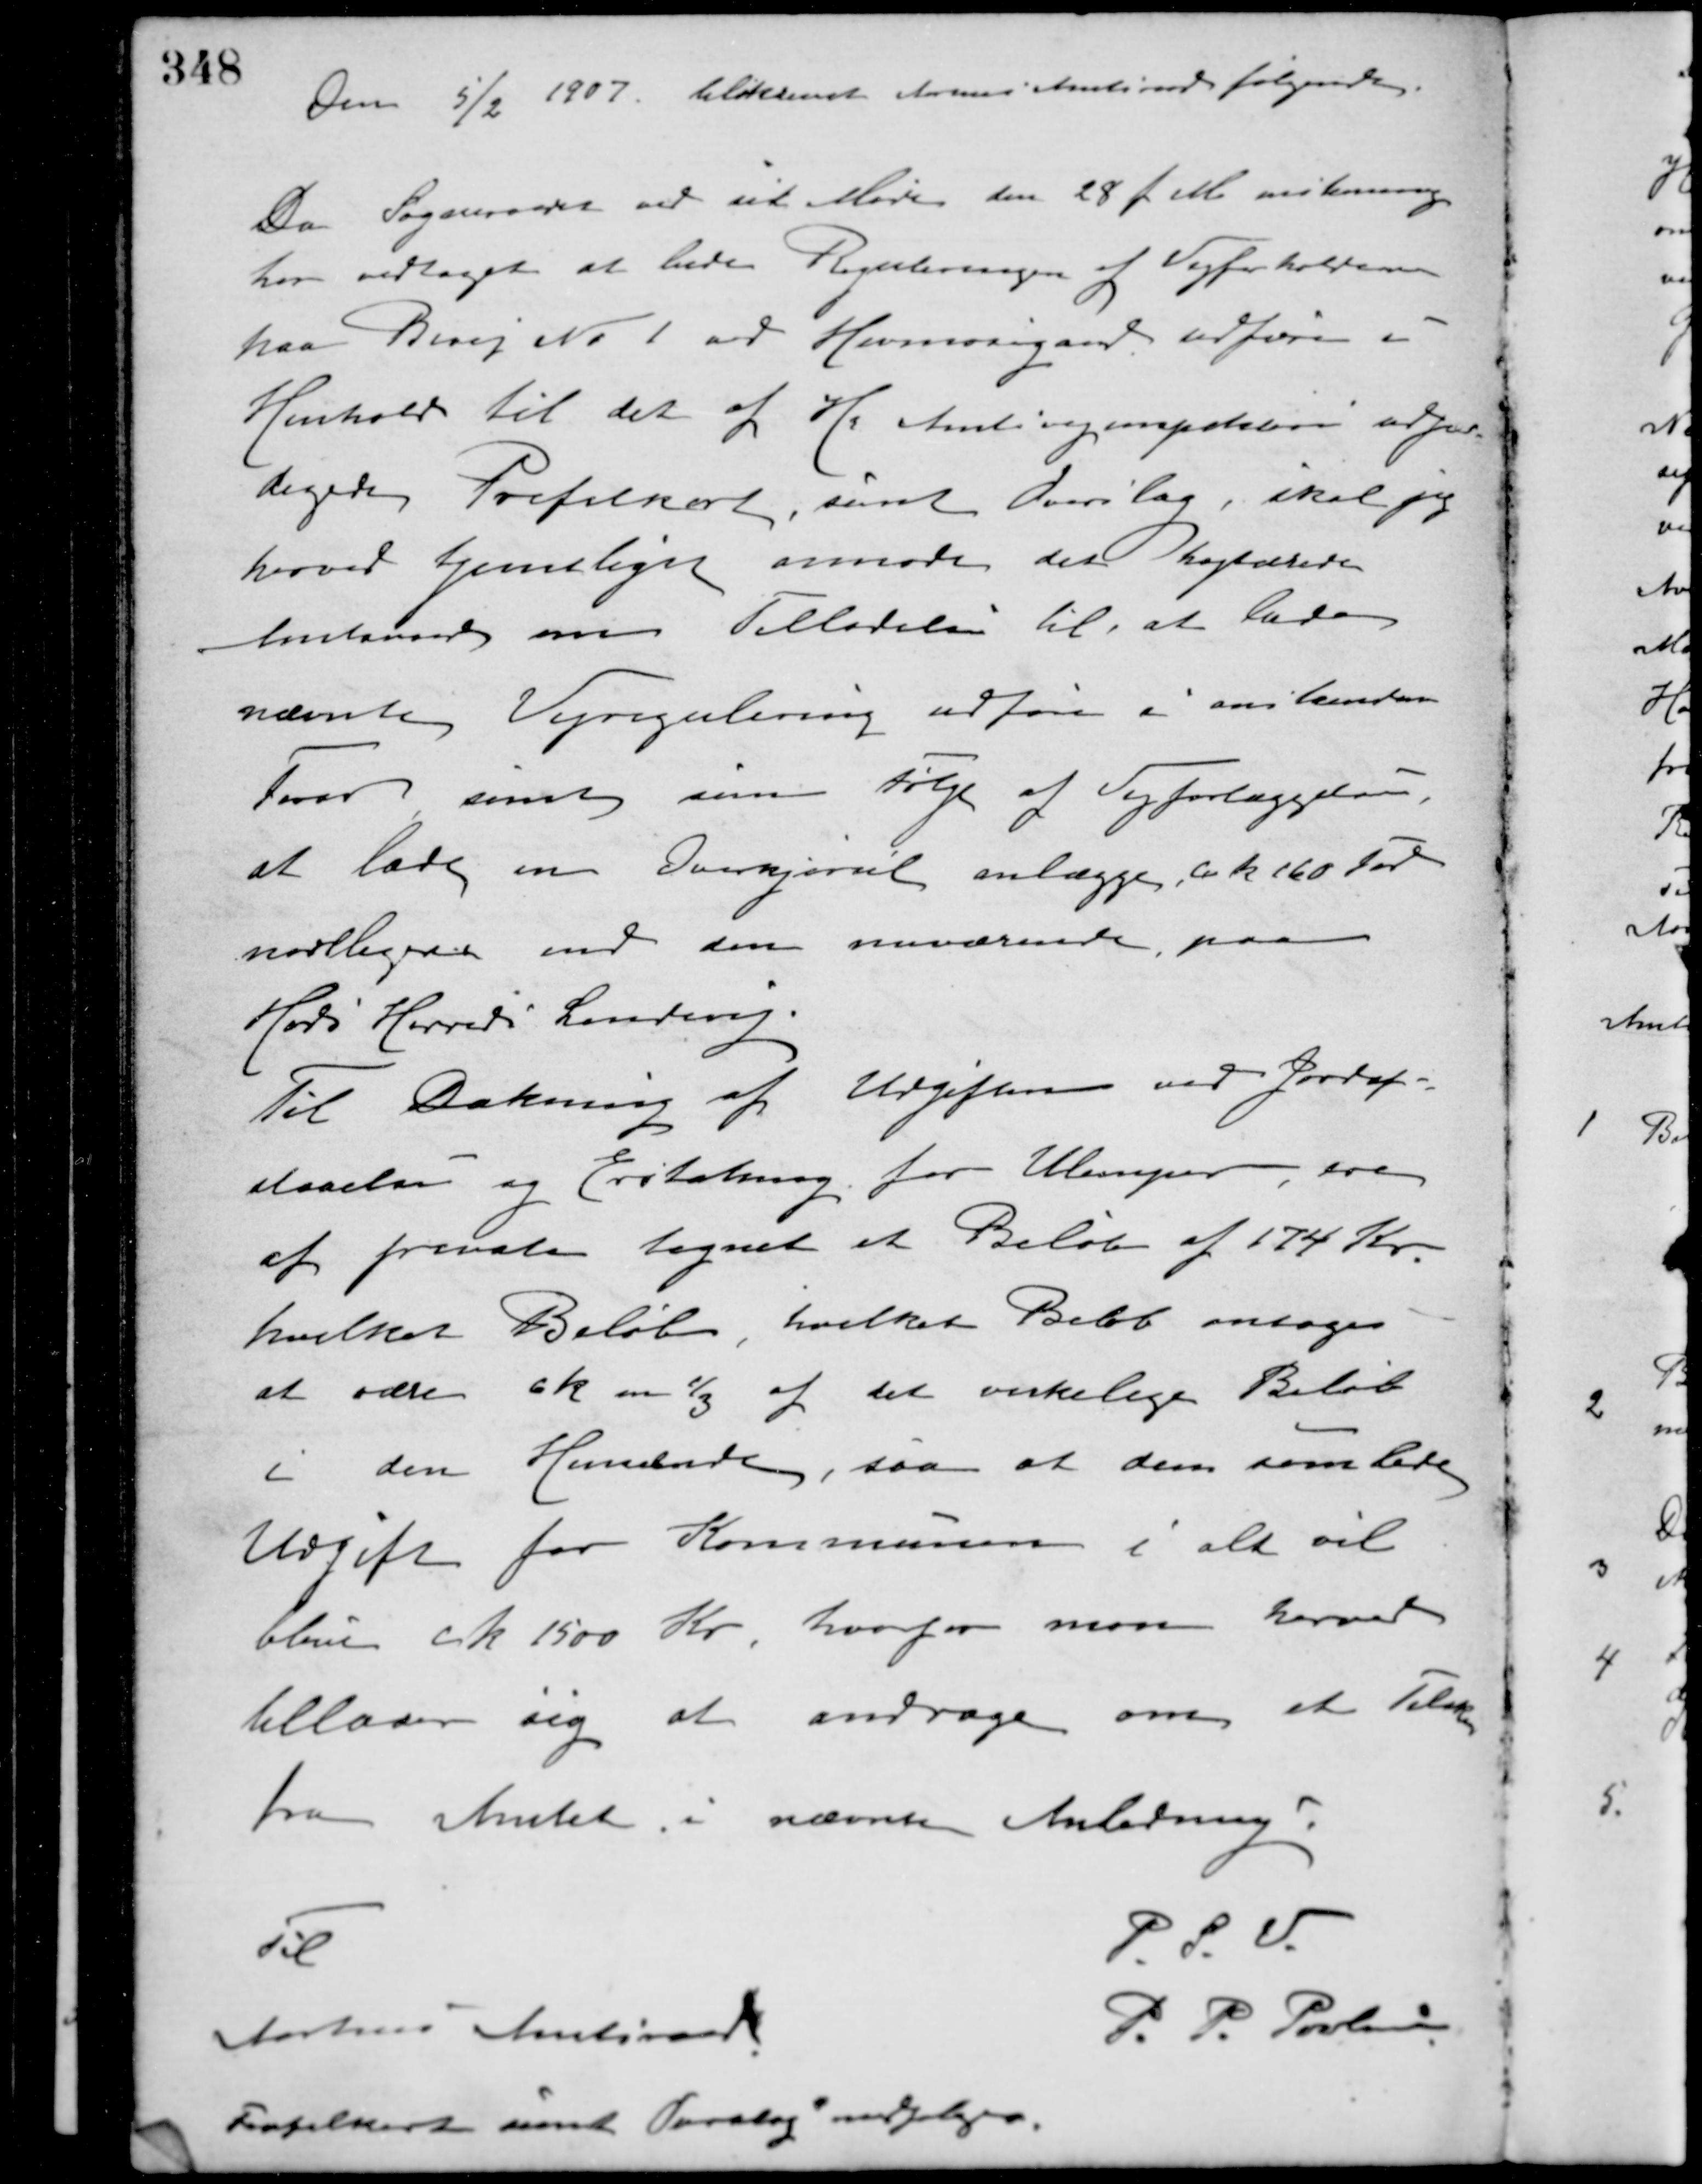
Transskription:
Den 5/2 1907 tilskrevet Aarhus Amtsraad følgende.
Da Sogneraadet ved sit Møde den 28 f. M. enstemmig
har vedtaget at bedre Reguleringen af Vejforholdene
paa Bivej No 1 ved Havmosegaard udføres i
Henhold til det af Hr. Amtsvejinspektøren udfær-
digede Profilkort, samt Overslag, skal jeg
herved tjenstligt anmode det højtærede
Amtsraad om Tilladelse til, at lade
nævnte Vejregulering udføre i anskende
Febr. samt som følge af Vejforlæggelsen
at lade en Overkjørsel anlægge ca. 160 Fod
nordligere end den nuværende paa
Hads Herreds Landevej.
Til Dækning af Udgifterne ved Jordaf-
staaelse og Erstatning for Ulemper ere
af private tegnet et Beløb af 174 Kr.
hvilket Beløb, hvilket Beløb antages
at være ca. en 1/3 af det virkelige Beløb
i den Henseende, saa at den samlede
Udgift for Kommunen i alt vil
blive ca. 1500 Kr. hvorfor man herved
tillader sig at andrage om et Tilskud
fra Amtet i nævnte Anledning.
P. S. V.
P. P. Poulsen
Til
Aarhus Amtsraad
Profilkort samt Overslag vedlægges.